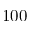
1 0 0